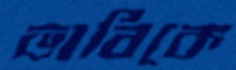
ভাবিকে